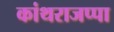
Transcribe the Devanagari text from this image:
कांथराजप्पा